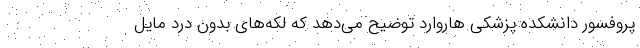
پروفسور دانشکده پزشکی هاروارد توضیح می‌دهد که لکه‌های بدون درد مایل